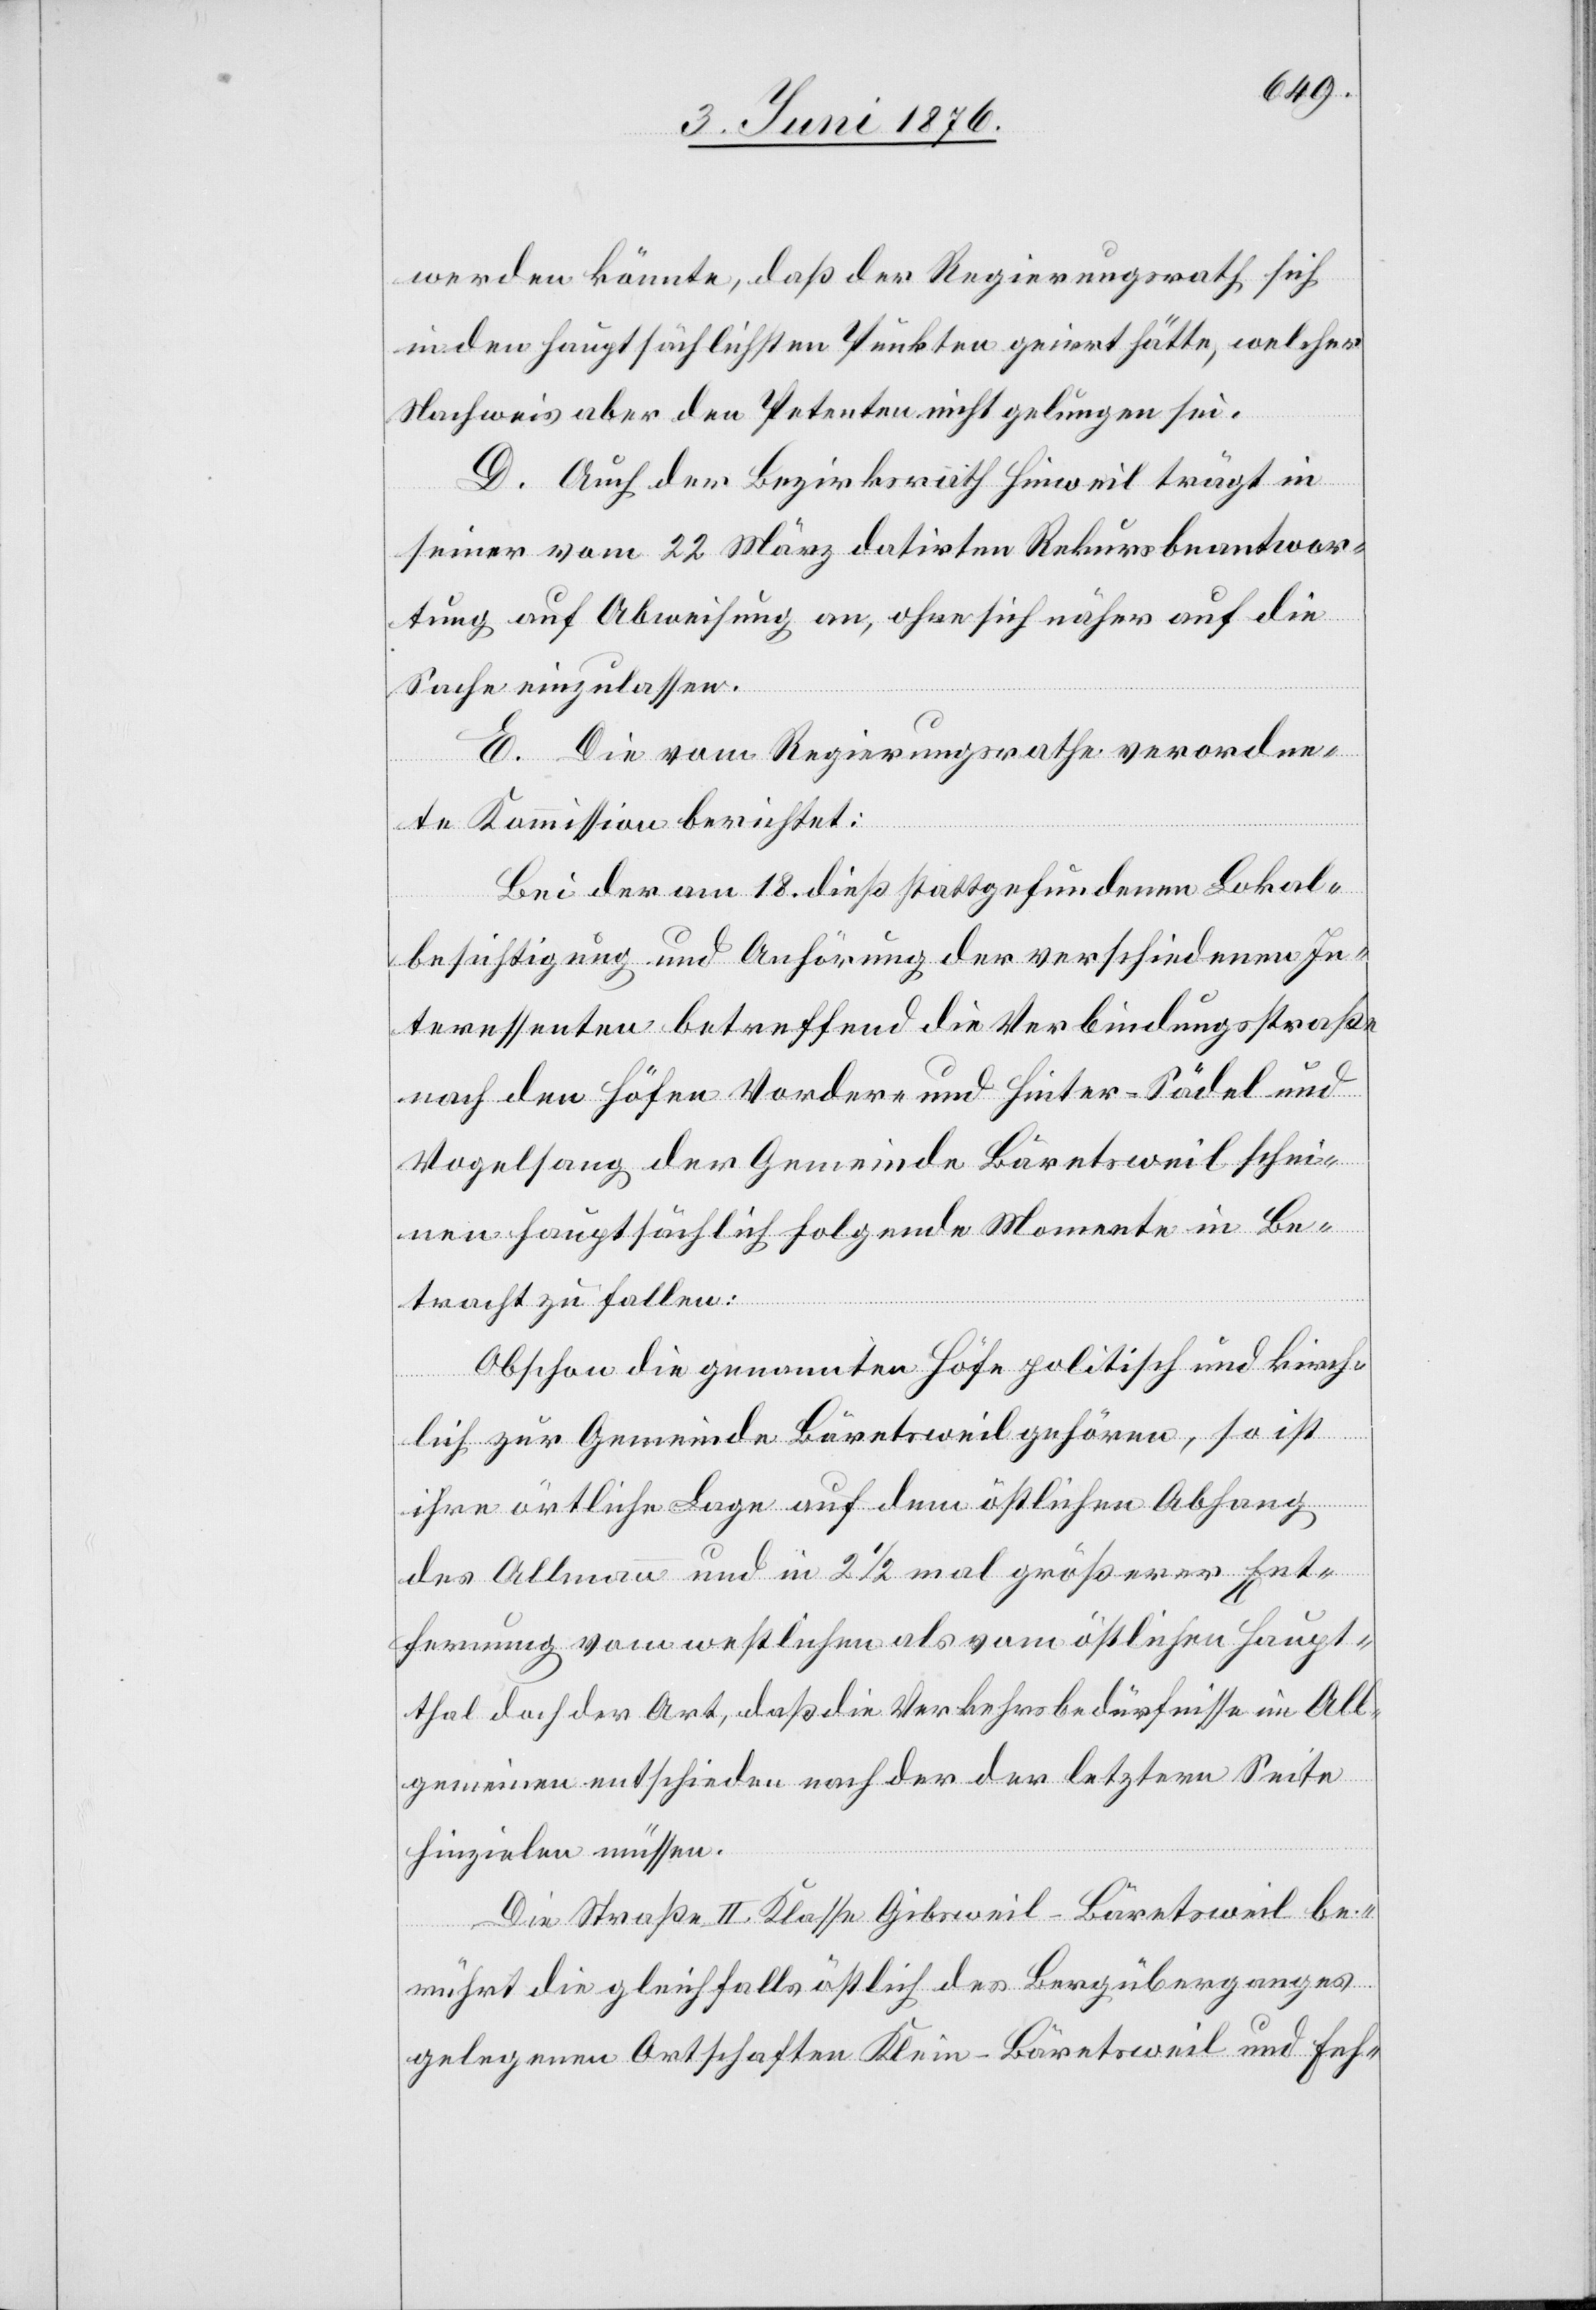
werden könnte, daß der Regierungsrath sich
in den hauptsächlichen Punkten geirrt hätte, welcher
Nachweis aber den Petenten nicht gelungen sei.
D. Auch der Bezirksrath Hinweil trägt in
seiner vom 22. März datirten Rekursbeantwor¬
tung auf Abweisung an, ohne sich näher auf die
Sache einzulassen.
E. Die vom Regierungsrathe verordne¬
te Kommission berichtet:
Bei der am 18. Dieß stattgefundenen Lokal¬
besichtigung und Anhörung der verschiedenen In¬
teressenten betreffend die Verbindungstraße
nach den Höfen Vorder- und Hinter-Sädel und
Vogelsang der Gemeinde Bäretsweil schei¬
nen hauptsächlich folgende Momente in Be¬
tracht zu fallen:
Obschon die genannten Höfe politisch und kirch¬
lich zur Gemeinde Bäretsweil gehören, so ist
ihre örtliche Lage auf dem östlichen Abgang
des Allmann und in 2 1/2 mal größerer Ent¬
fernung vom westlichen als vom östlichen Haupt¬
thal doch der Art, daß die Verkehrsbedürfnisse im All¬
gemeinen entschieden nach der letzten Seite
hinzielen müssen.
Die Straße II. Klasse Gibsweil–Bäretsweil be¬
rührt die gleichfalls östlich des Bergüberganges
gelegenen Ortschaften Klein-Bäretsweil und Feh-